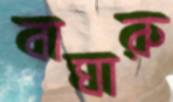
বাঘারু